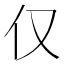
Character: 仅